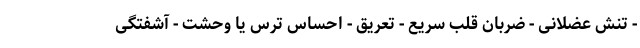
- تنش عضلانی - ضربان قلب سریع - تعریق - احساس ترس یا وحشت - آشفتگی